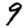
Digit: 9